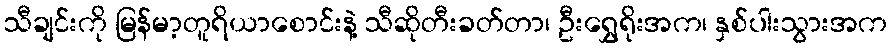
သီချင်းကို မြန်မာ့တူရိယာစောင်းနဲ့ သီဆိုတီးခတ်တာ၊ ဦးရွှေရိုးအက၊ နှစ်ပါးသွားအက